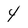
Character: 4